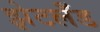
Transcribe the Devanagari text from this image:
झेटलँड